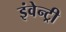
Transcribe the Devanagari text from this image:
इंवेन्ट्री